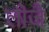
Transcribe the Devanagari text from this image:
लीजै